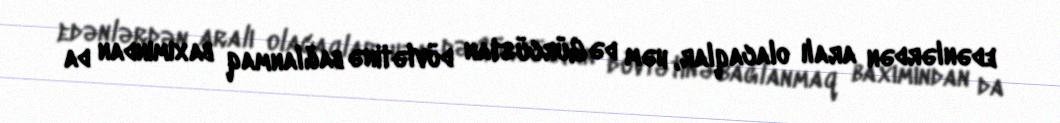
edənlərdən aralı olacaqlar, həm də Gürcüstan dövlətinə bağlanmaq baxımından da